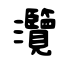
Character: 灠